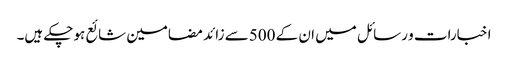
اخبارات و رسائل میں ان کے 500سے زائد مضامین شائع ہوچکے ہیں۔